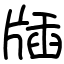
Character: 牐